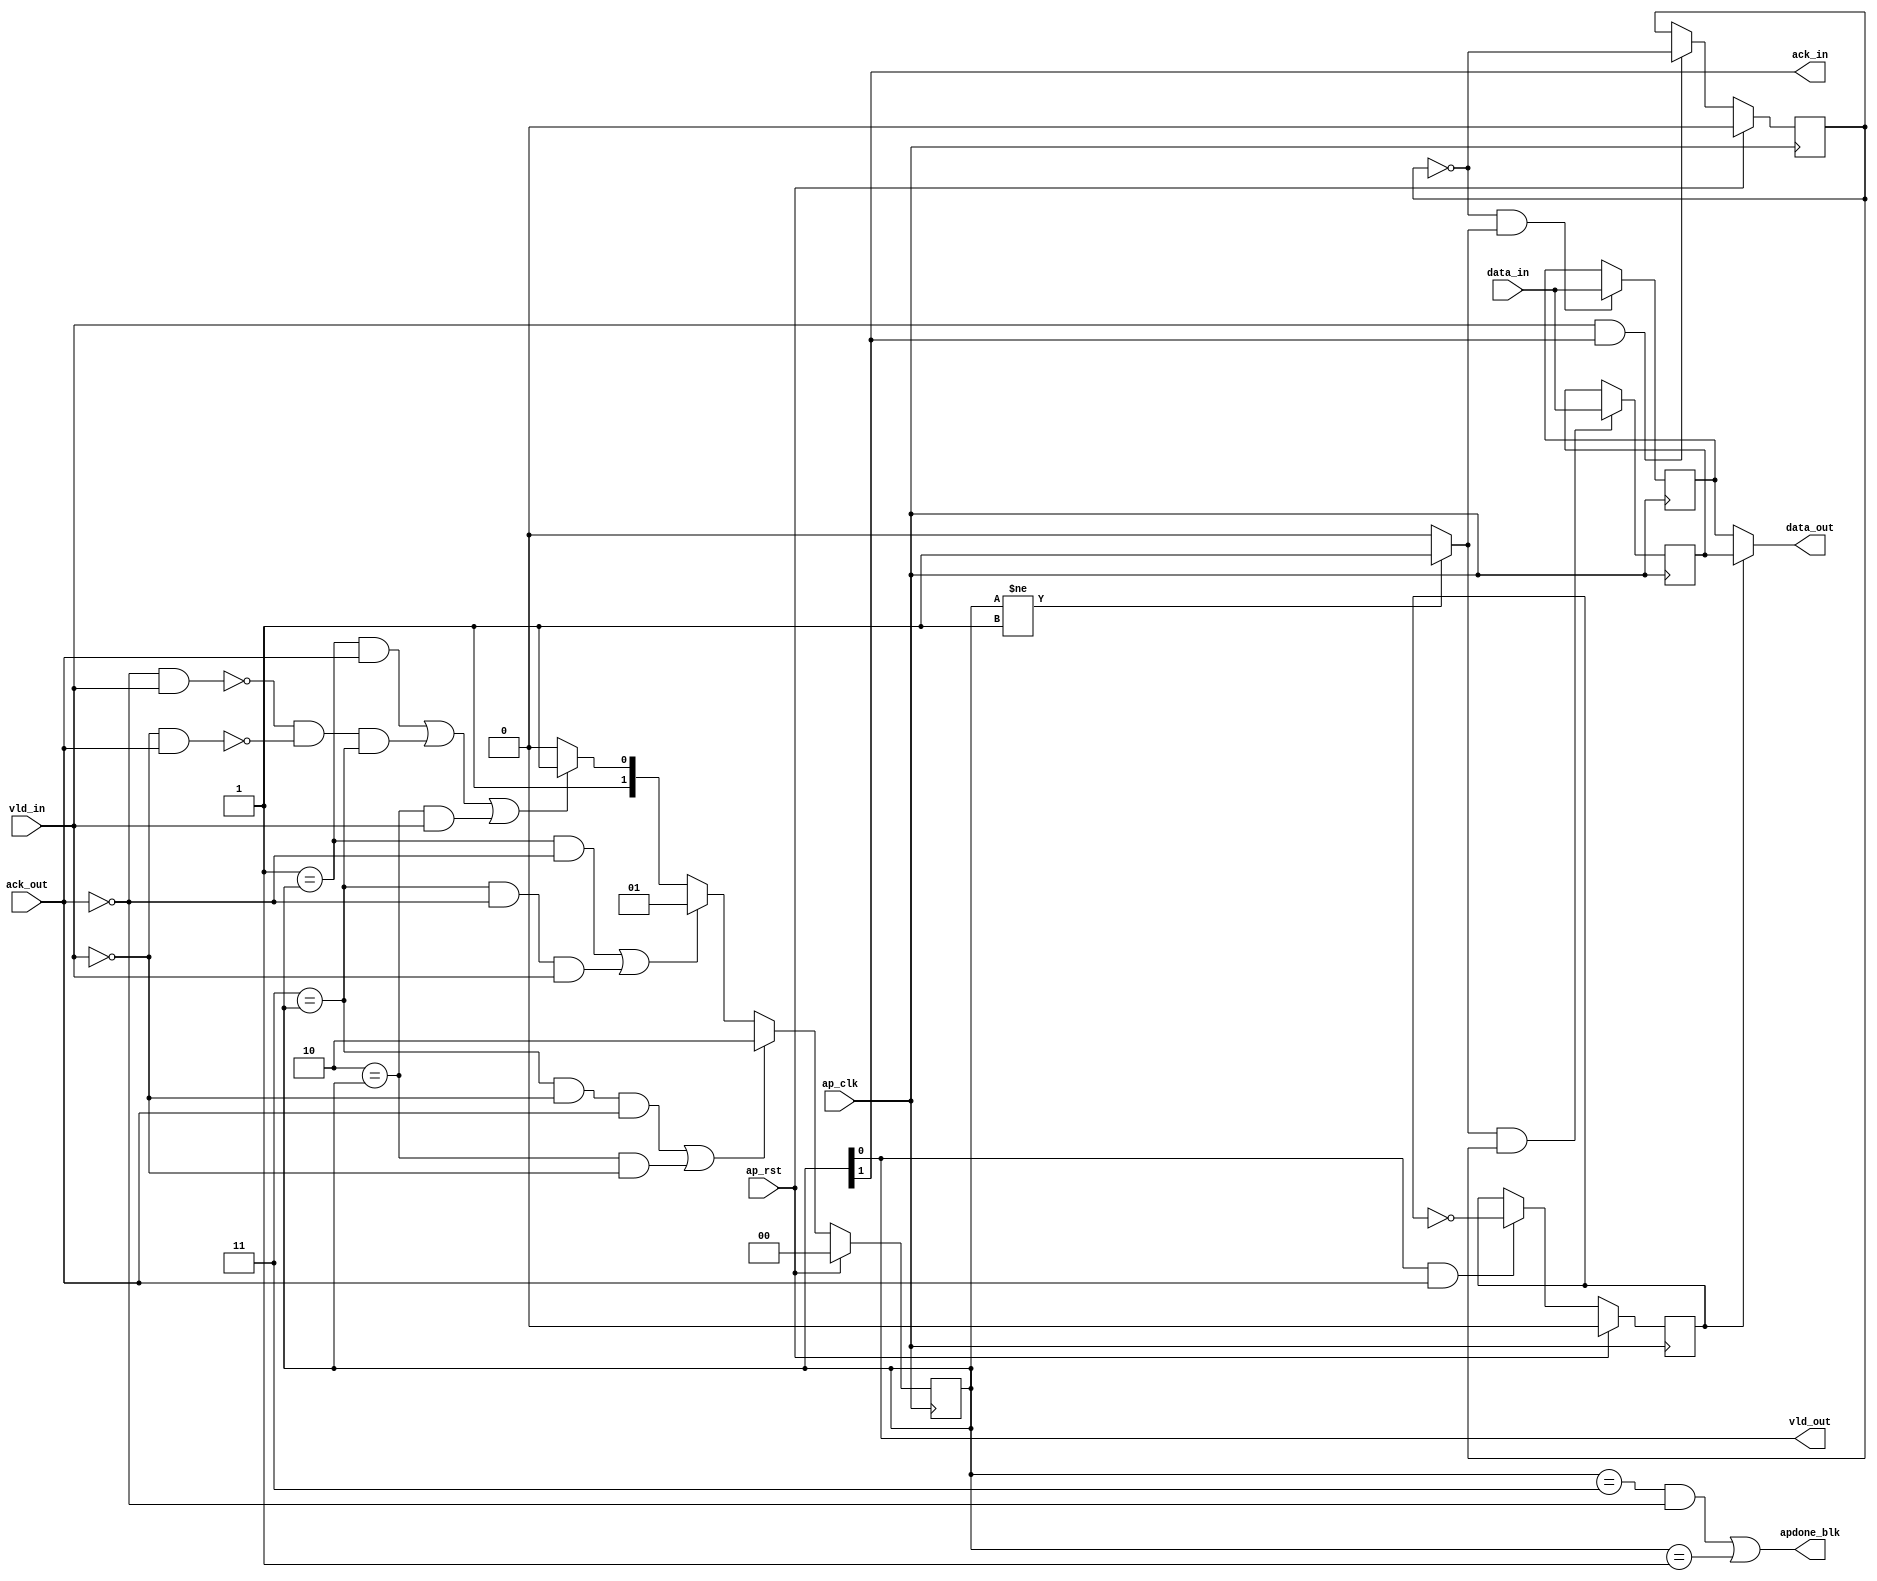
// ==============================================================
// Vitis HLS - High-Level Synthesis from C, C++ and OpenCL v2021.2 (64-bit)
// Copyright 1986-2021 Xilinx, Inc. All Rights Reserved.
// ==============================================================

`timescale 1ns/1ps

module test_regslice_both
#(parameter 
    DataWidth=32
)(
    input ap_clk ,
    input ap_rst,

    input [DataWidth-1:0] data_in , 
    input vld_in , 
    output ack_in ,
    output [DataWidth-1:0] data_out, 
    output vld_out,
    input ack_out,
    output apdone_blk
);
 

reg   [1:0] B_V_data_1_state;
wire   [DataWidth-1:0] B_V_data_1_data_in;
reg   [DataWidth-1:0] B_V_data_1_data_out;
wire    B_V_data_1_vld_reg;
wire    B_V_data_1_vld_in;
wire    B_V_data_1_vld_out;
reg   [DataWidth-1:0] B_V_data_1_payload_A;
reg   [DataWidth-1:0] B_V_data_1_payload_B;
reg    B_V_data_1_sel_rd;
reg    B_V_data_1_sel_wr;
wire    B_V_data_1_sel;
wire    B_V_data_1_load_A;
wire    B_V_data_1_load_B;
wire    B_V_data_1_state_cmp_full;
wire    B_V_data_1_ack_in;
wire    B_V_data_1_ack_out;

always @ (posedge ap_clk) begin
    if (ap_rst == 1'b1) begin
        B_V_data_1_sel_rd <= 1'b0;
    end else begin
        if (((1'b1 == B_V_data_1_vld_out) & (1'b1 == B_V_data_1_ack_out))) begin
            B_V_data_1_sel_rd <= ~B_V_data_1_sel_rd;
        end else begin
            B_V_data_1_sel_rd <= B_V_data_1_sel_rd;
        end
    end
end

always @ (posedge ap_clk) begin
    if (ap_rst == 1'b1) begin
        B_V_data_1_sel_wr <= 1'b0;
    end else begin
        if (((1'b1 == B_V_data_1_vld_in) & (1'b1 == B_V_data_1_ack_in))) begin
            B_V_data_1_sel_wr <= ~B_V_data_1_sel_wr;
        end else begin
            B_V_data_1_sel_wr <= B_V_data_1_sel_wr;
        end
    end
end

always @ (posedge ap_clk) begin
    if (ap_rst == 1'b1) begin
        B_V_data_1_state <= 2'd0;
    end else begin
        if ((((2'd3 == B_V_data_1_state) & (1'b0 == B_V_data_1_vld_in) & (1'b1 == B_V_data_1_ack_out)) | ((2'd2 == B_V_data_1_state) & (1'b0 == B_V_data_1_vld_in)))) begin
            B_V_data_1_state <= 2'd2;
        end else if ((((2'd1 == B_V_data_1_state) & (1'b0 == B_V_data_1_ack_out)) | ((2'd3 == B_V_data_1_state) & (1'b0 == B_V_data_1_ack_out) & (1'b1 == B_V_data_1_vld_in)))) begin
            B_V_data_1_state <= 2'd1;
        end else if ((((2'd1 == B_V_data_1_state) & (1'b1 == B_V_data_1_ack_out)) | (~((1'b0 == B_V_data_1_ack_out) & (1'b1 == B_V_data_1_vld_in)) & ~((1'b0 == B_V_data_1_vld_in) & (1'b1 == B_V_data_1_ack_out)) & (2'd3 == B_V_data_1_state)) | ((2'd2 == B_V_data_1_state) & (1'b1 == B_V_data_1_vld_in)))) begin
            B_V_data_1_state <= 2'd3;
        end else begin
            B_V_data_1_state <= 2'd2;
        end
    end
end

always @ (posedge ap_clk) begin
    if ((1'b1 == B_V_data_1_load_A)) begin
        B_V_data_1_payload_A <= B_V_data_1_data_in;
    end
end

always @ (posedge ap_clk) begin
    if ((1'b1 == B_V_data_1_load_B)) begin
        B_V_data_1_payload_B <= B_V_data_1_data_in;
    end
end

always @ (*) begin
    if ((1'b1 == B_V_data_1_sel)) begin
        B_V_data_1_data_out = B_V_data_1_payload_B;
    end else begin
        B_V_data_1_data_out = B_V_data_1_payload_A;
    end
end

assign B_V_data_1_ack_in = B_V_data_1_state[1'd1];
assign B_V_data_1_load_A = (~B_V_data_1_sel_wr & B_V_data_1_state_cmp_full);
assign B_V_data_1_load_B = (B_V_data_1_state_cmp_full & B_V_data_1_sel_wr);
assign B_V_data_1_sel = B_V_data_1_sel_rd;
assign B_V_data_1_state_cmp_full = ((B_V_data_1_state != 2'd1) ? 1'b1 : 1'b0);
assign B_V_data_1_vld_out = B_V_data_1_state[1'd0];

assign ack_in = B_V_data_1_ack_in;
assign B_V_data_1_data_in = data_in;
assign B_V_data_1_vld_in = vld_in;

assign vld_out = B_V_data_1_vld_out;
assign data_out = B_V_data_1_data_out;
assign B_V_data_1_ack_out = ack_out;

assign apdone_blk = ((B_V_data_1_state == 2'd3 && ack_out == 1'b0) | (B_V_data_1_state == 2'd1));

endmodule // both

module test_regslice_both_w1
#(parameter 
    DataWidth=1
)(
    input ap_clk ,
    input ap_rst,

    input data_in , 
    input vld_in , 
    output ack_in ,
    output data_out, 
    output vld_out,
    input ack_out,
    output apdone_blk
);

reg     [1:0] B_V_data_1_state;
wire    B_V_data_1_data_in;
reg     B_V_data_1_data_out;
wire    B_V_data_1_vld_reg;
wire    B_V_data_1_vld_in;
wire    B_V_data_1_vld_out;
reg     B_V_data_1_payload_A;
reg     B_V_data_1_payload_B;
reg     B_V_data_1_sel_rd;
reg     B_V_data_1_sel_wr;
wire    B_V_data_1_sel;
wire    B_V_data_1_load_A;
wire    B_V_data_1_load_B;
wire    B_V_data_1_state_cmp_full;
wire    B_V_data_1_ack_in;
wire    B_V_data_1_ack_out;

always @ (posedge ap_clk) begin
    if (ap_rst == 1'b1) begin
        B_V_data_1_sel_rd <= 1'b0;
    end else begin
        if (((1'b1 == B_V_data_1_vld_out) & (1'b1 == B_V_data_1_ack_out))) begin
            B_V_data_1_sel_rd <= ~B_V_data_1_sel_rd;
        end else begin
            B_V_data_1_sel_rd <= B_V_data_1_sel_rd;
        end
    end
end

always @ (posedge ap_clk) begin
    if (ap_rst == 1'b1) begin
        B_V_data_1_sel_wr <= 1'b0;
    end else begin
        if (((1'b1 == B_V_data_1_vld_in) & (1'b1 == B_V_data_1_ack_in))) begin
            B_V_data_1_sel_wr <= ~B_V_data_1_sel_wr;
        end else begin
            B_V_data_1_sel_wr <= B_V_data_1_sel_wr;
        end
    end
end

always @ (posedge ap_clk) begin
    if (ap_rst == 1'b1) begin
        B_V_data_1_state <= 2'd0;
    end else begin
        if ((((2'd3 == B_V_data_1_state) & (1'b0 == B_V_data_1_vld_in) & (1'b1 == B_V_data_1_ack_out)) | ((2'd2 == B_V_data_1_state) & (1'b0 == B_V_data_1_vld_in)))) begin
            B_V_data_1_state <= 2'd2;
        end else if ((((2'd1 == B_V_data_1_state) & (1'b0 == B_V_data_1_ack_out)) | ((2'd3 == B_V_data_1_state) & (1'b0 == B_V_data_1_ack_out) & (1'b1 == B_V_data_1_vld_in)))) begin
            B_V_data_1_state <= 2'd1;
        end else if ((((2'd1 == B_V_data_1_state) & (1'b1 == B_V_data_1_ack_out)) | (~((1'b0 == B_V_data_1_ack_out) & (1'b1 == B_V_data_1_vld_in)) & ~((1'b0 == B_V_data_1_vld_in) & (1'b1 == B_V_data_1_ack_out)) & (2'd3 == B_V_data_1_state)) | ((2'd2 == B_V_data_1_state) & (1'b1 == B_V_data_1_vld_in)))) begin
            B_V_data_1_state <= 2'd3;
        end else begin
            B_V_data_1_state <= 2'd2;
        end
    end
end

always @ (posedge ap_clk) begin
    if ((1'b1 == B_V_data_1_load_A)) begin
        B_V_data_1_payload_A <= B_V_data_1_data_in;
    end
end

always @ (posedge ap_clk) begin
    if ((1'b1 == B_V_data_1_load_B)) begin
        B_V_data_1_payload_B <= B_V_data_1_data_in;
    end
end

always @ (*) begin
    if ((1'b1 == B_V_data_1_sel)) begin
        B_V_data_1_data_out = B_V_data_1_payload_B;
    end else begin
        B_V_data_1_data_out = B_V_data_1_payload_A;
    end
end

assign B_V_data_1_ack_in = B_V_data_1_state[1'd1];
assign B_V_data_1_load_A = (~B_V_data_1_sel_wr & B_V_data_1_state_cmp_full);
assign B_V_data_1_load_B = (B_V_data_1_state_cmp_full & B_V_data_1_sel_wr);
assign B_V_data_1_sel = B_V_data_1_sel_rd;
assign B_V_data_1_state_cmp_full = ((B_V_data_1_state != 2'd1) ? 1'b1 : 1'b0);
assign B_V_data_1_vld_out = B_V_data_1_state[1'd0];

assign ack_in = B_V_data_1_ack_in;
assign B_V_data_1_data_in = data_in;
assign B_V_data_1_vld_in = vld_in;

assign vld_out = B_V_data_1_vld_out;
assign data_out = B_V_data_1_data_out;
assign B_V_data_1_ack_out = ack_out;

assign apdone_blk = ((B_V_data_1_state == 2'd3 && ack_out == 1'b0) | (B_V_data_1_state == 2'd1));

endmodule // both